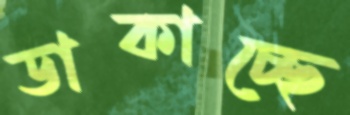
ডাকাচ্ছে